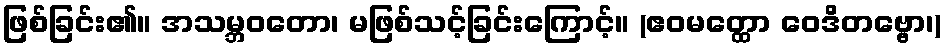
ဖြစ်ခြင်း၏။ အသမ္ဘဝတော၊ မဖြစ်သင့်ခြင်းကြောင့်။ (ဧဝမတ္ထော ဝေဒိတဗ္ဗော၊)